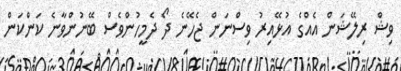
ވިޝް ރިލޭޝަން އެއްގެ އުޅޭއިރު ވިސްނަން ޖެހޭނެ ދޯ ދެމީހުންވެސް ބޭނުންވާނެ ކަންކަން